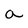
Character: a